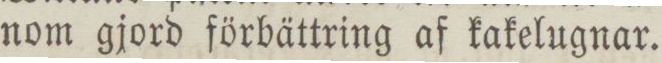
nom gjord förbättring af kakelugnar.